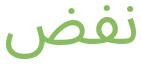
نفض